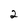
Character: 2